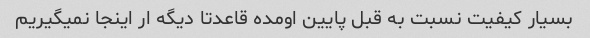
بسیار کیفیت نسبت به قبل پایین اومده قاعدتا دیگه ار اینجا نمیگیریم